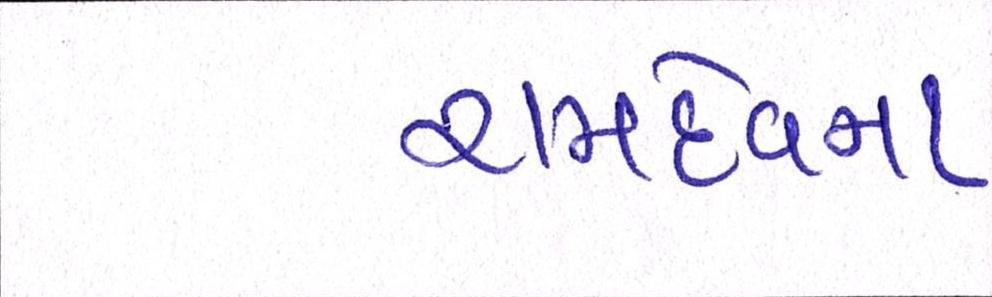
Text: રામદેવના